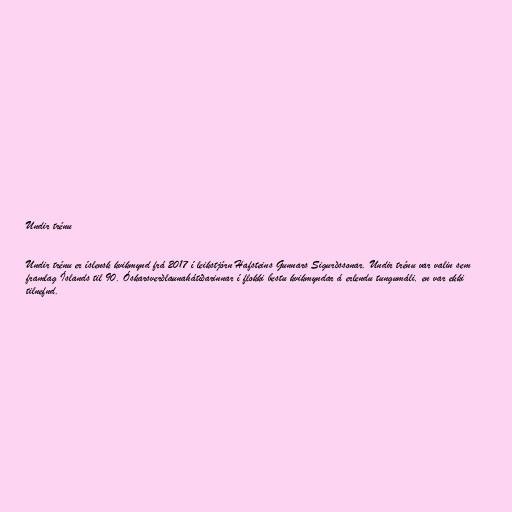
Undir trénu

Undir trénu er íslensk kvikmynd frá 2017 í leikstjórn Hafsteins Gunnars Sigurðssonar. Undir trénu var valin sem
framlag Íslands til 90. Óskarsverðlaunahátíðarinnar í flokki bestu kvikmyndar á erlendu tungumáli, en var ekki
tilnefnd.